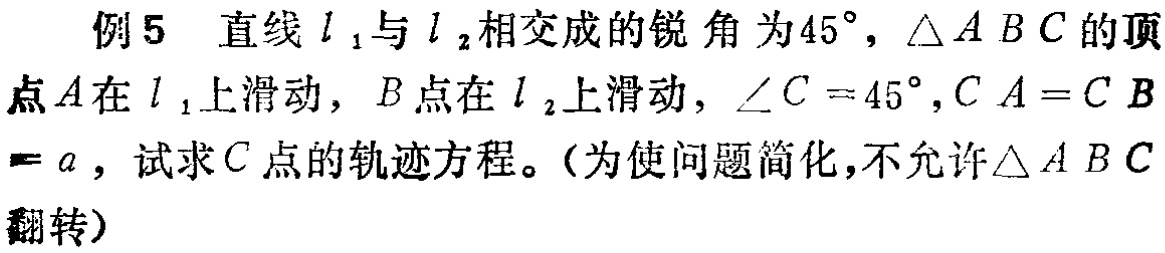
例5 直线 \(l_1\) 与 \(l_2\) 相交成的锐 角为 \(45^{\circ}\)，\(\triangle ABC\) 的顶
点 \(A\) 在 \(l_1\) 上滑动，\(B\) 点在 \(l_2\) 上滑动，\(\angle C = 45^{\circ},CA = CB\)
\(= a\)，试求 \(C\) 点的轨迹方程。（为使问题简化，不允许\(\triangle ABC\)
翻转）